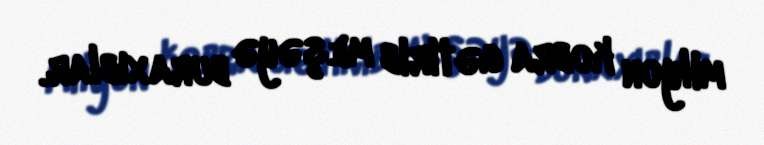
milyon kobra gətirib meşəyə buraxıblar.